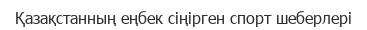
Қазақстанның еңбек сіңірген спорт шеберлері